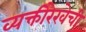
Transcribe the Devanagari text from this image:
व्यक्तीरेखेची